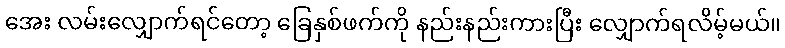
အေး လမ်းလျှောက်ရင်တော့ ခြေနှစ်ဖက်ကို နည်းနည်းကားပြီး လျှောက်ရလိမ့်မယ်။